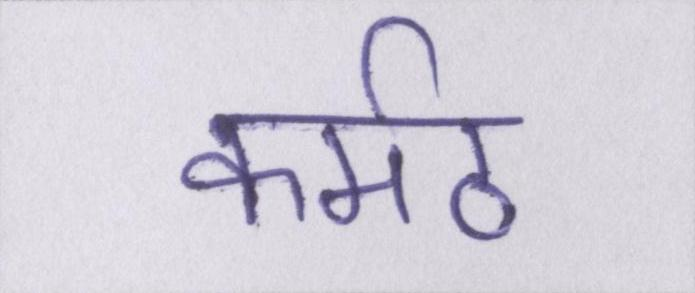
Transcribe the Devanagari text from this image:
कर्मठ